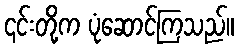
၎င်းတို့က ပုံဆောင်ကြသည်။